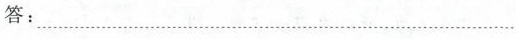
答：……